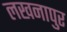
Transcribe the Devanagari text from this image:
लखनापुर